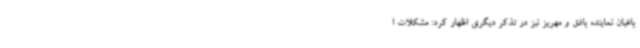
باغیان نماینده بافق و مهریز نیز در تذکر دیگری اظهار کرد: مشکلات ا